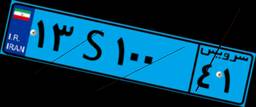
۱۳S۱۰۰۴۱